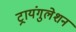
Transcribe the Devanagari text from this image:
ट्रायंगुलेशन